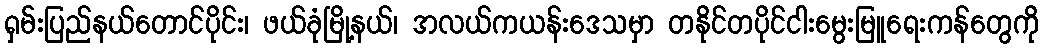
ရှမ်းပြည်နယ်တောင်ပိုင်း၊ ဖယ်ခုံမြို့နယ်၊ အလယ်ကယန်းဒေသမှာ တနိုင်တပိုင်ငါးမွေးမြူရေးကန်တွေကို